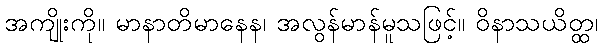
အကျိုးကို။ မာနာတိမာနေန၊ အလွန်မာန်မူသဖြင့်။ ဝိနာသယိတ္ထ၊